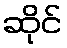
ဆိုင်